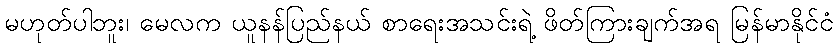
မဟုတ်ပါဘူး၊ မေလက ယူနန်ပြည်နယ် စာရေးအသင်းရဲ့ ဖိတ်ကြားချက်အရ မြန်မာနိုင်ငံ